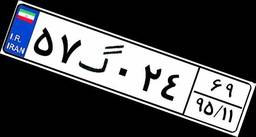
۵۷گ۰۲۴۶۹